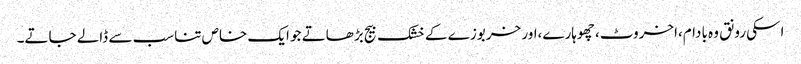
اسکی رونق وہ بادام،اخروٹ ،چھوہارے،اور خربوزے کے خشک بیج بڑھاتے جو ایک خاص تناسب سے ڈالے جاتے۔